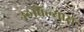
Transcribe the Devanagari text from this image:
उठविल्यास